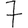
Digit: 7